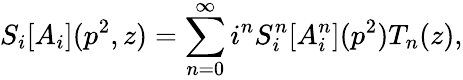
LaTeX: S_{i}[A_{i}](p^{2},z)=\sum_{n=0}^{\infty}i^{n}S_{i}^{n}[A_{i}^{n}](p^{2})T_{n}(z),